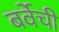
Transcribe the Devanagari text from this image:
बर्वेची